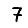
Digit: 7